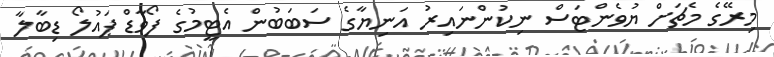
މިރޭގެ މެޗަށް ޔުވެންޓަސް ނިކުންނައިރު އަނިޔާގެ ސަބަބުން އެޓީމުގެ ފޯވާޑް ޕައުލޯ ޑިބާލާ